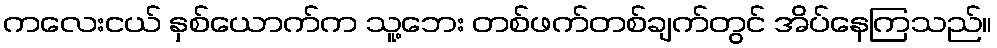
ကလေးငယ် နှစ်ယောက်က သူ့ဘေး တစ်ဖက်တစ်ချက်တွင် အိပ်နေကြသည်။